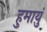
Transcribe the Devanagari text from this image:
हुमाय़ुं